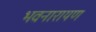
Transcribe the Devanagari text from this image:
भवनारायण